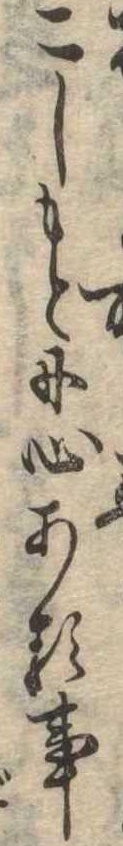
こしもとに心ある事